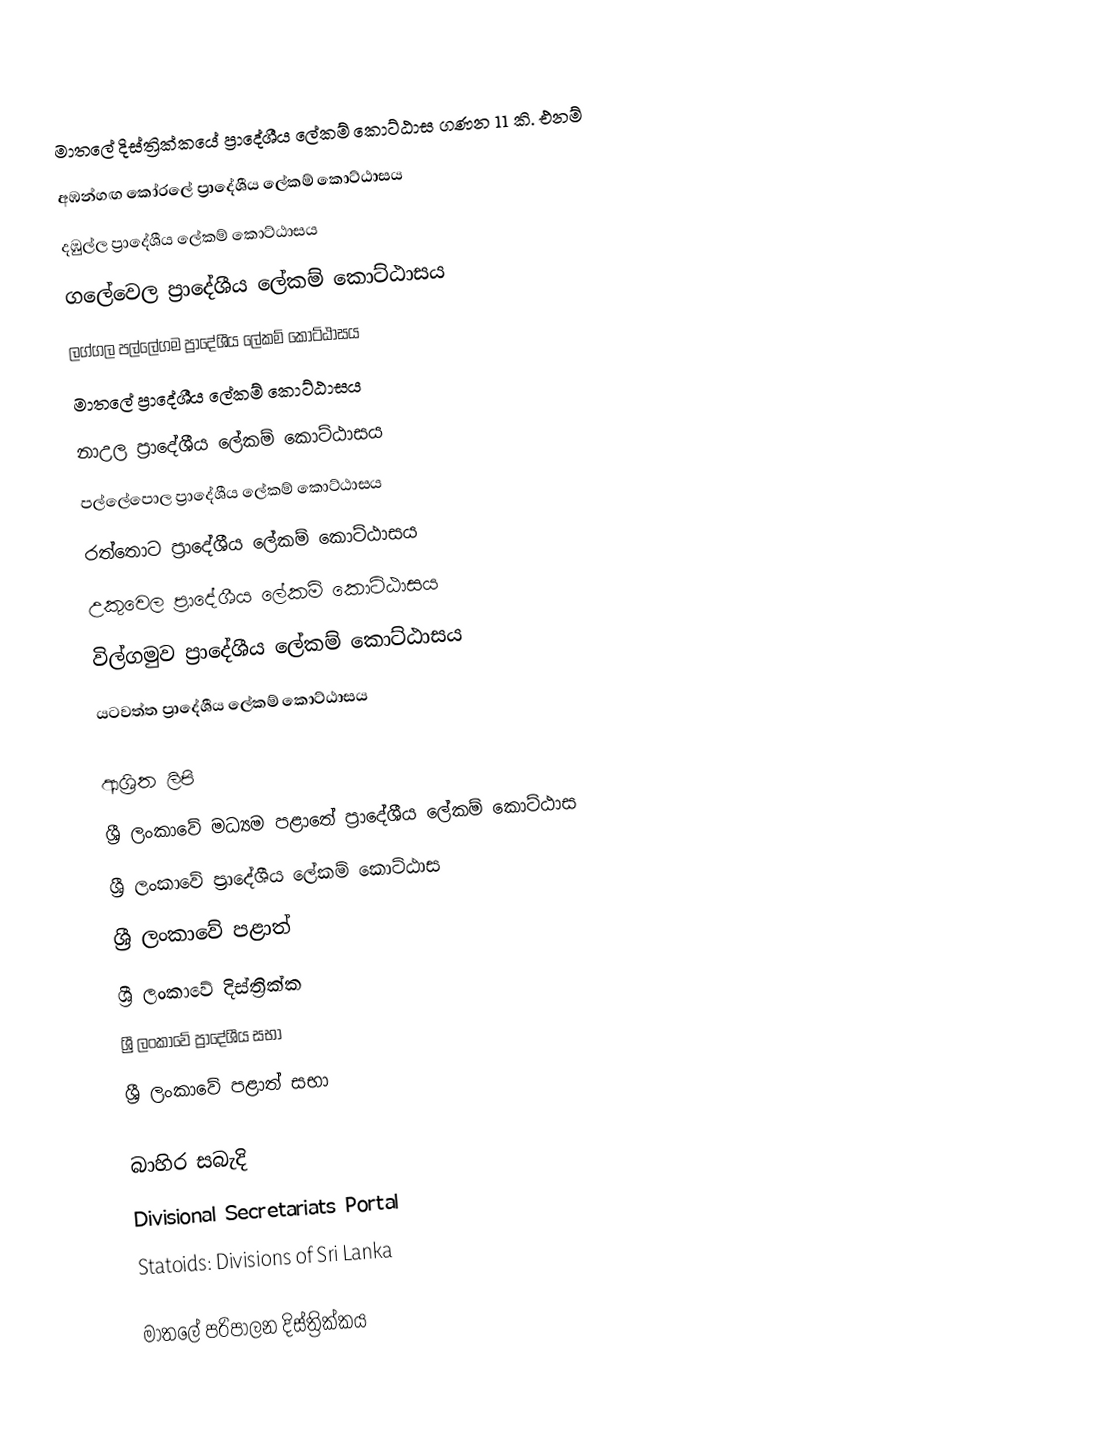
මාතලේ දිස්ත්‍රික්කයේ ප්‍රාදේශීය ලේකම් කොට්ඨාස ගණන 11 කි. එනම්
 අඹන්ගඟ කෝරලේ ප්‍රාදේශීය ලේකම් කොට්ඨාසය
 දඹුල්ල ප්‍රාදේශීය ලේකම් කොට්ඨාසය
 ගලේවෙල ප්‍රාදේශීය ලේකම් කොට්ඨාසය
 ලග්ගල පල්ලේගම ප්‍රාදේශීය ලේකම් කොට්ඨාසය
 මාතලේ ප්‍රාදේශීය ලේකම් කොට්ඨාසය
 නාඋල ප්‍රාදේශීය ලේකම් කොට්ඨාසය
 පල්ලේපොල ප්‍රාදේශීය ලේකම් කොට්ඨාසය
 රත්තොට ප්‍රාදේශීය ලේකම් කොට්ඨාසය
 උකුවෙල ප්‍රාදේශීය ලේකම් කොට්ඨාසය
 විල්ගමුව ප්‍රාදේශීය ලේකම් කොට්ඨාසය
 යටවත්ත ප්‍රාදේශීය ලේකම් කොට්ඨාසය

ආශ්‍රිත ලිපි
 ශ්‍රී ලංකාවේ මධ්‍යම පළාතේ ප්‍රාදේශීය ලේකම් කොට්ඨාස
 ශ්‍රී ලංකාවේ ප්‍රාදේශීය ලේකම් කොට්ඨාස
 ශ්‍රී ලංකාවේ පළාත්
 ශ්‍රී ලංකාවේ දිස්ත්‍රික්ක
 ශ්‍රී ලංකාවේ ප්‍රාදේශීය සභා
 ශ්‍රී ලංකාවේ පළාත් සභා

බාහිර සබැදි
 Divisional Secretariats Portal
 Statoids: Divisions of Sri Lanka

මාතලේ පරිපාලන දිස්ත්‍රික්කය